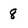
Character: 8